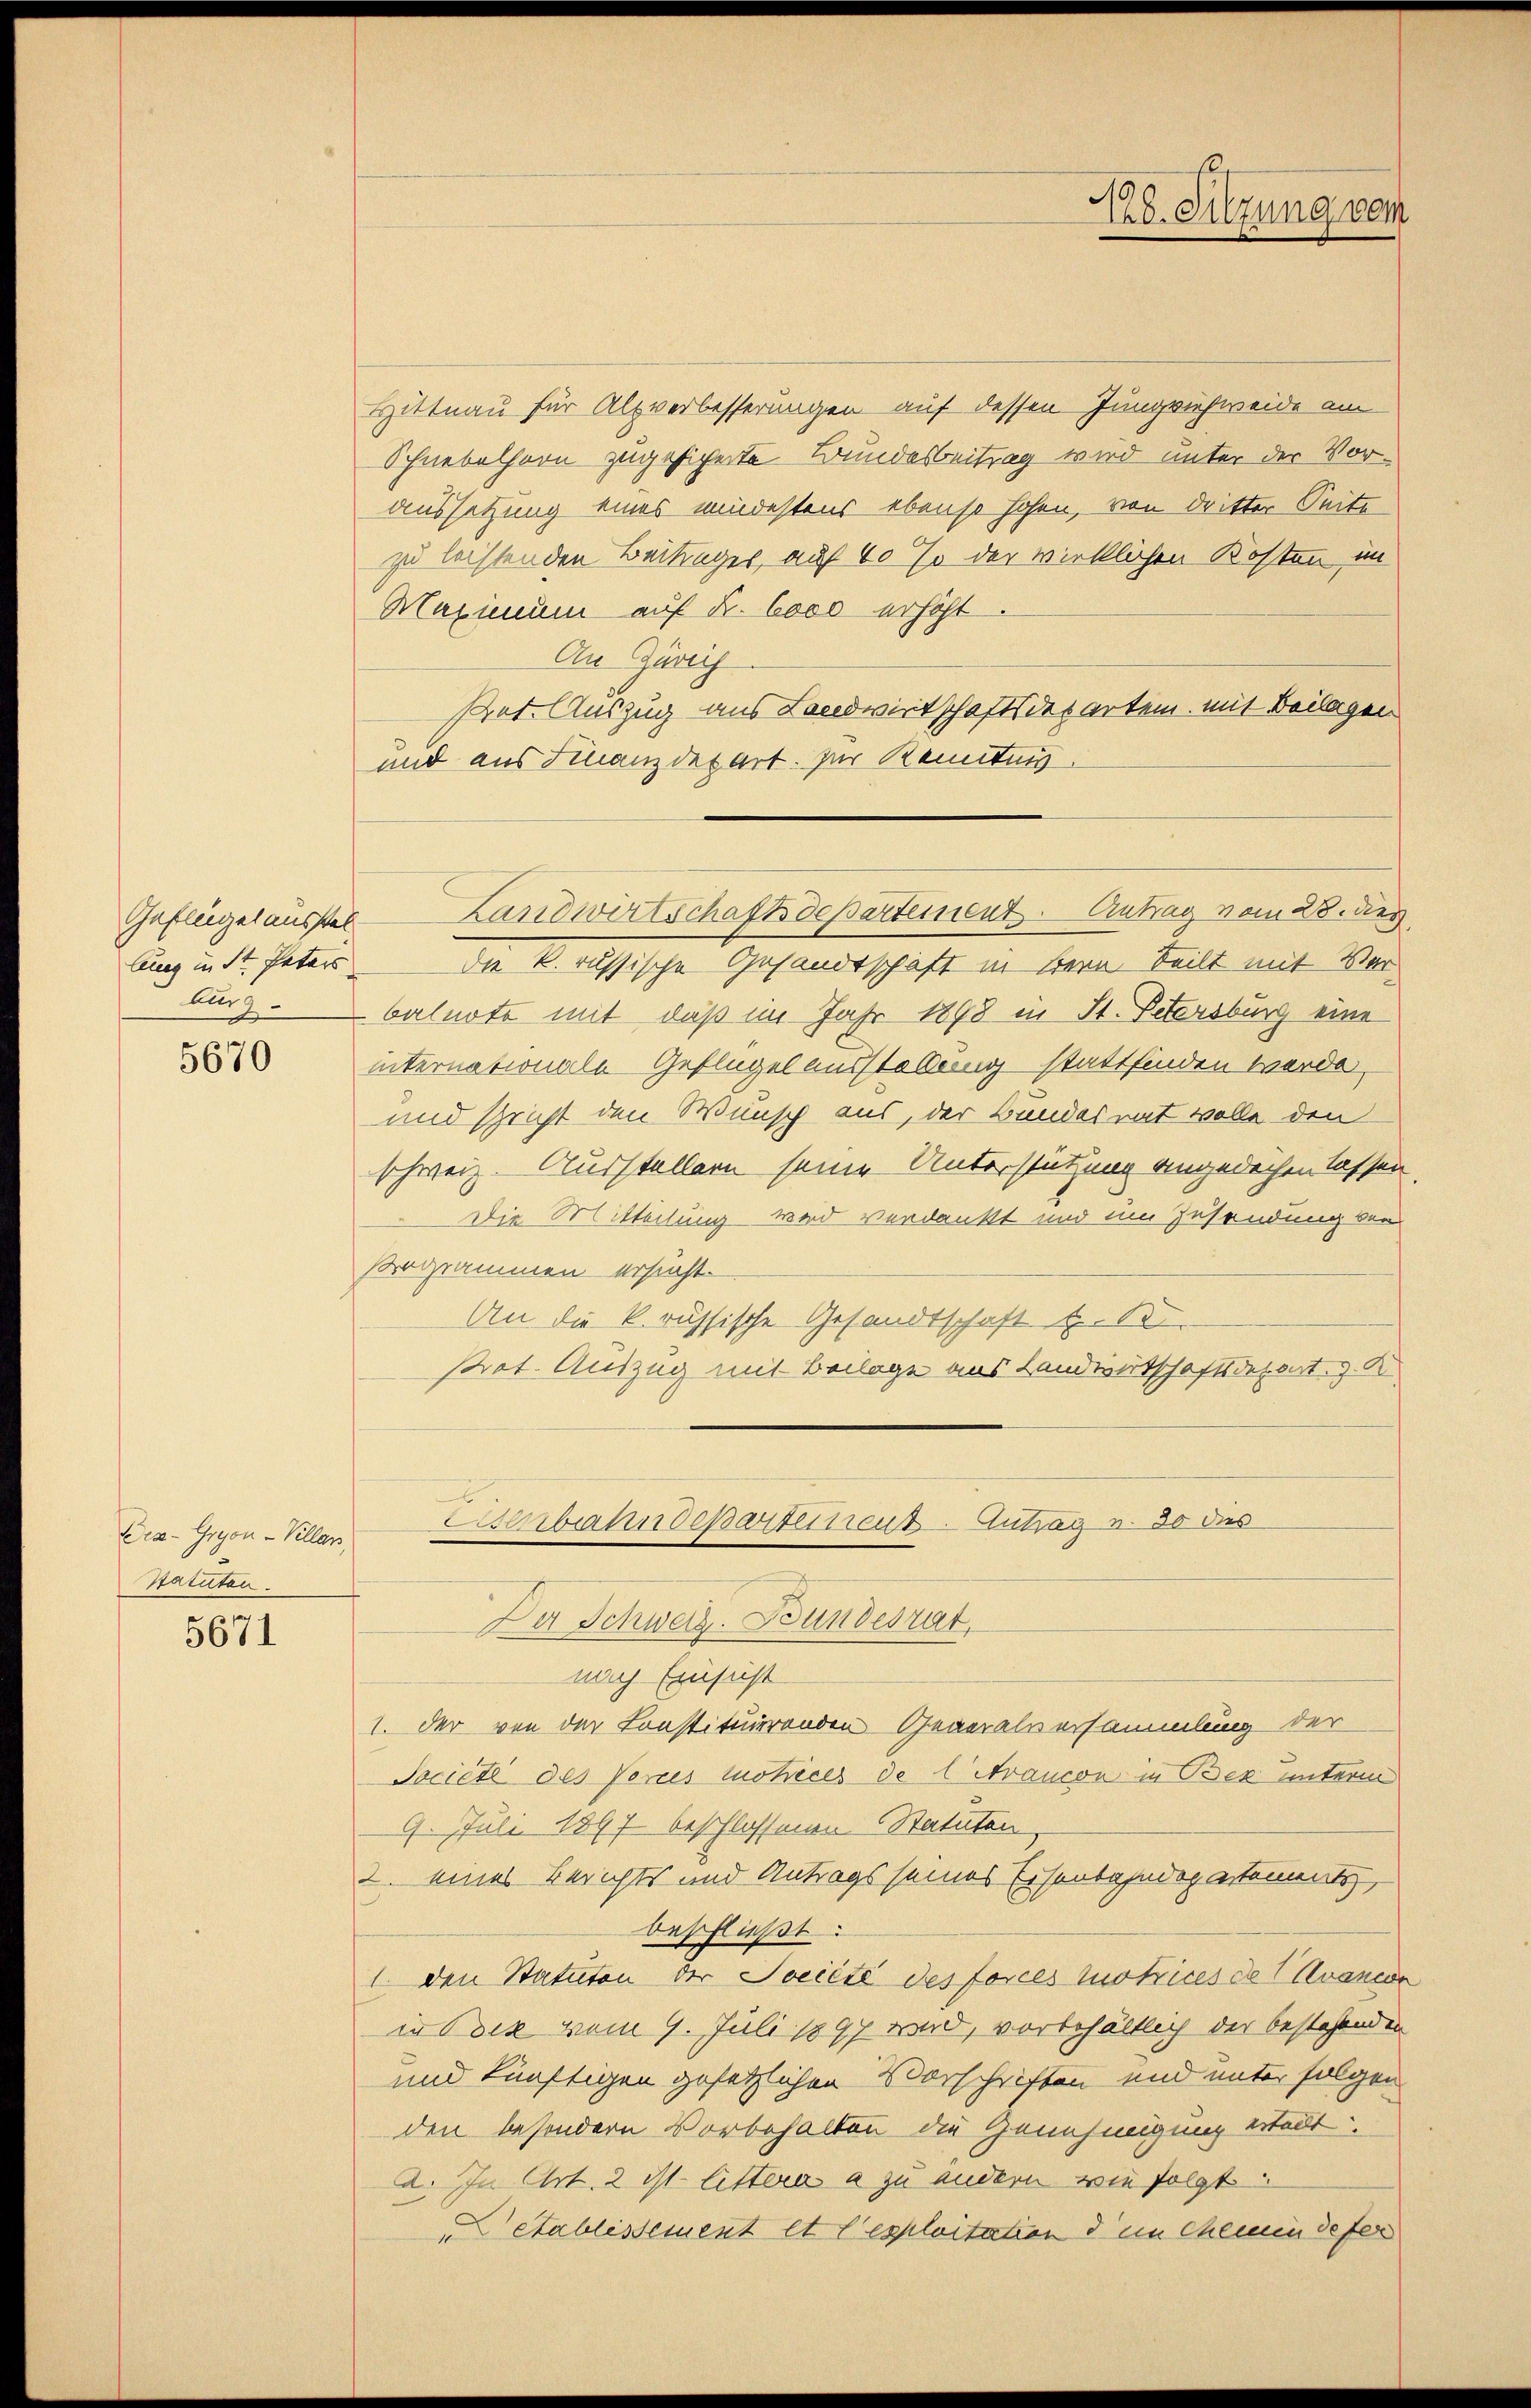
Geflügel ausstel
lung in St. Paters
lung

5670

Des-Gryon-Villan,
Statuten.

5671

1128. Sitzung vom

Hittnau für Alpverbesserungen auf dessen Jungviehweide am
Schnebelhorn zugesicherte Bundesbeitrag wird unter der Voraussetzung eines mindestens ebenso hohen, von dritter Seite
zu leistenden Beitunges, auf 60 % der wirklichen Kosten im
Maximum auf Fr. 6000 erhöht.
An Zürich
Pret. Auszug aus Landwirtschaftsdepartem mit Beilagen
und aus Finanzdepart. Zur Kenntnis.
die k. russische Gesandtschaft in Bern teilt mit Vorbalnote mit, daß im Jahr 1898 in St. Petersburg eine
internationale Geflügel ausstellung stattfinden werde,
und spricht den Wunsch aus, der Bundesrat wolle den
schweiz. Ausstellern seine Unterstützung angedächen lassen
Die Mitteilung wird verdankt und um Zusendung von
Programmen ersucht.
An die k. russische Gesandtschaft u. S
strat. Auszug mit Beilage aus Landwirtschaftsdepart. v. K.
Osenbahndeparteieut. Antrag u. 30 des

Landwirtschaftsdepartement. Antrag vom 28. des

Da Schweiz. Bundesrat

nach Einsicht
1. der von der Constituierenden Generalversammlung der
Société des Vernes motices de 1 Arancon in Bez unterm
9. Juli 1897 beschlossenen Statuten
2. eines Berichts und Antrags seines Eisenbahndepartements
beschließt:
1. den Statuten der Société des forces lotrices de 1 Avancon
in Sock vom 9. Juli 1897 wird, vorbehältlich der bestehenden
und künftigen gesetzlichen Vorschriften und unter folgen
den besondern Vorbehalten die Genehmigung erteilt
a. In Art. 2 ist. littera a zu andern wie folgt.
etablissement et l’exploitation dem Chemin defer